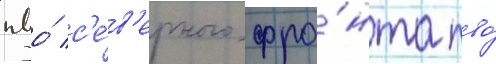
пво́ с'е́в'ерного фро́нта пво́